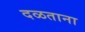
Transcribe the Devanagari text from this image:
दळताना